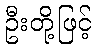
ဦးတို့ဖြင့်